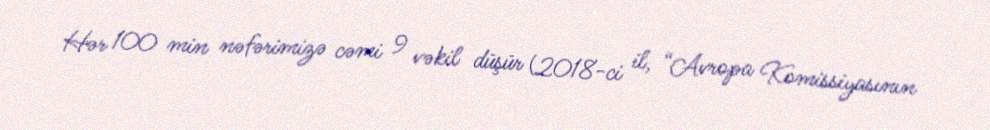
Hər 100 min nəfərimizə cəmi 9 vəkil düşür (2018-ci il, “Avropa Komissiyasının